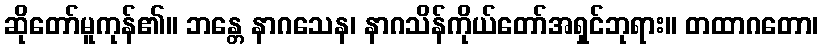
ဆိုတော်မူကုန်၏။ ဘန္တေ နာဂသေန၊ နာဂသိန်ကိုယ်တော်အရှင်ဘုရား။ တထာဂတော၊